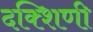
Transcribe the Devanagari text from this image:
दक्शिणी